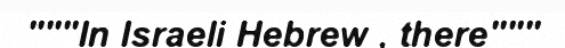
"""In Israeli Hebrew , there"""